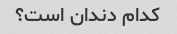
کدام دندان است؟